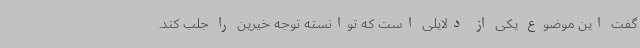
گفت این موضوع یکی از دلایلی است که توانسته توجه خیرین را جلب کند.